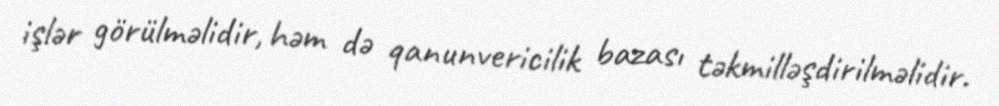
işlər görülməlidir, həm də qanunvericilik bazası təkmilləşdirilməlidir.